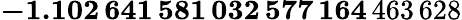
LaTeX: \mathbf{-1.102\, 641\, 581\, 032\, 577\, 164}\, 463\, 628